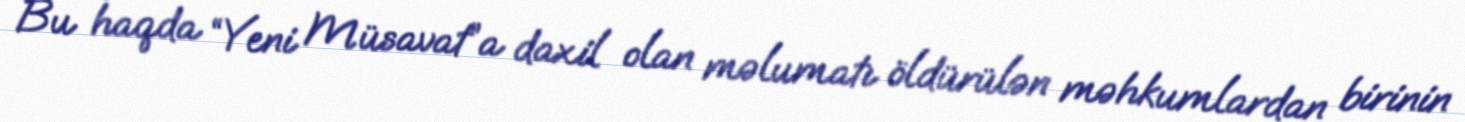
Bu haqda “Yeni Müsavat”a daxil olan məlumatı öldürülən məhkumlardan birinin